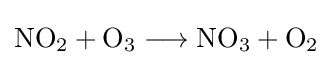
{\mathrm {NO} {\vphantom {A}}_{\smash[{t}]{2}}{}+{}\mathrm {O} {\vphantom {A}}_{\smash[{t}]{3}}{}\mathrel {\longrightarrow } {}\mathrm {NO} {\vphantom {A}}_{\smash[{t}]{3}}{}+{}\mathrm {O} {\vphantom {A}}_{\smash[{t}]{2}}}